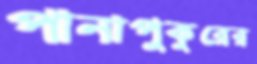
পানাপুকুরের